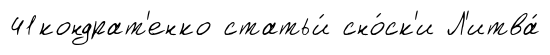
41кондрат'енко статьи́ сно́ск'и Л'итва́